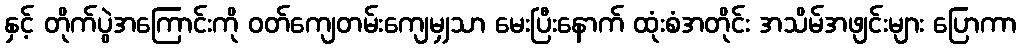
နှင့် တိုက်ပွဲအကြောင်းကို ဝတ်ကျေတမ်းကျေမျှသာ မေးပြီးနောက် ထုံးစံအတိုင်း အသိမ်အဖျင်းများ ပြောကာ